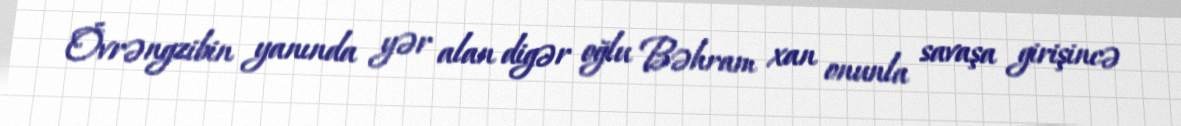
Övrəngzibin yanında yər alan digər oğlu Bəhram xan onunla savaşa girişincə